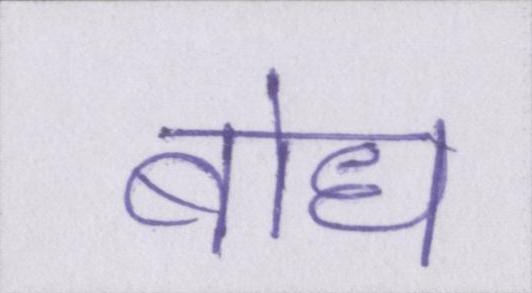
बोध